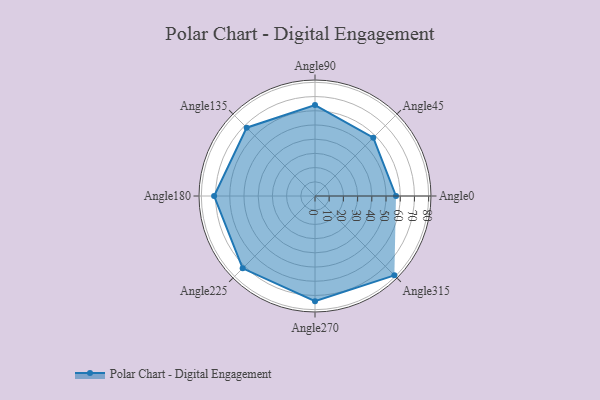
{"axis": {"x": "Angle", "y": "Radius"}, "legend": [""], "data": [{"x": "Angle0", "y": 57.0, "type": ""}, {"x": "Angle45", "y": 58.0, "type": ""}, {"x": "Angle90", "y": 64.0, "type": ""}, {"x": "Angle135", "y": 68.0, "type": ""}, {"x": "Angle180", "y": 71.0, "type": ""}, {"x": "Angle225", "y": 72.0, "type": ""}, {"x": "Angle270", "y": 74.0, "type": ""}, {"x": "Angle315", "y": 79.0, "type": ""}]}